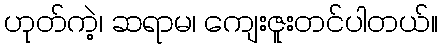
ဟုတ်ကဲ့၊ ဆရာမ၊ ကျေးဇူးတင်ပါတယ်။